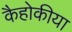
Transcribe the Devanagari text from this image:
कैहोकीया